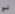
لو